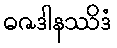
ဓဇဒါနဿိဒံ